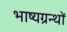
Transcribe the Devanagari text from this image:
भाष्यग्रन्थों